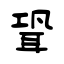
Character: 聓